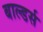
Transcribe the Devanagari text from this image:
बाल्डर्स